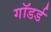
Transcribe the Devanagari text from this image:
गॉडर्ड